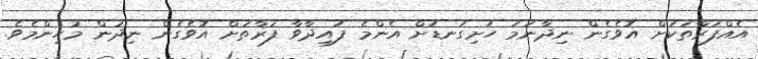
އެއްފަރާތަކަށް އޮވެގެން ނިދާނަމަ ހަށިގަނޑަށް އެންމެ ފައިދާވާ ފަރާތަށް އޮވެގެން ނިދުން މުހިންމެވެ.